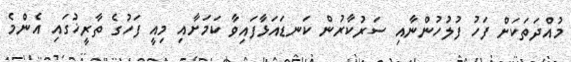
މުއްދަތަކަށް ފަހު ފުލުހުންނާއި ސަރުކާރުން ކަނޑައަޅާފައިވާ ކަމަށާއި މިއީ ފަހުގެ ތާރީޚުގައި އެންމެ